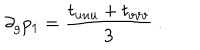
\partial _ { g } p _ { 1 } = { \frac { t _ { u u u } + t _ { v v v } } { 3 } } \ .